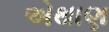
એથાણ